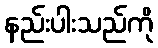
နည်းပါးသည်ကို